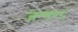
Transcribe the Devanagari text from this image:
जन्म२८